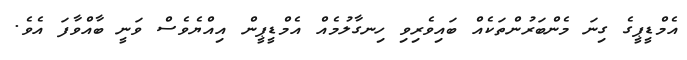
އެމްޑީޕީގެ ގިނަ މެންބަރުންތަކެއް ބައިވެރިވި ހިނގާލުމެއް އެމްޑީޕީން އިއްްޔެވެސް ވަނީ ބާއްވާފަ އެވެ.